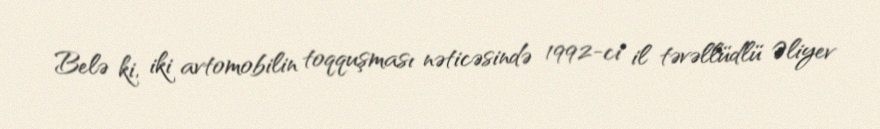
Belə ki, iki avtomobilin toqquşması nəticəsində 1992-ci il təvəllüdlü Əliyev